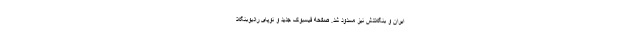
ایران و بنگلادش نیز مسدود شد. صفحه فیسبوک جدید و نوپای رادیوبنگلا